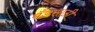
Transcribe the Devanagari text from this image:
बँडसाठी